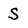
Character: S